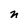
Character: n